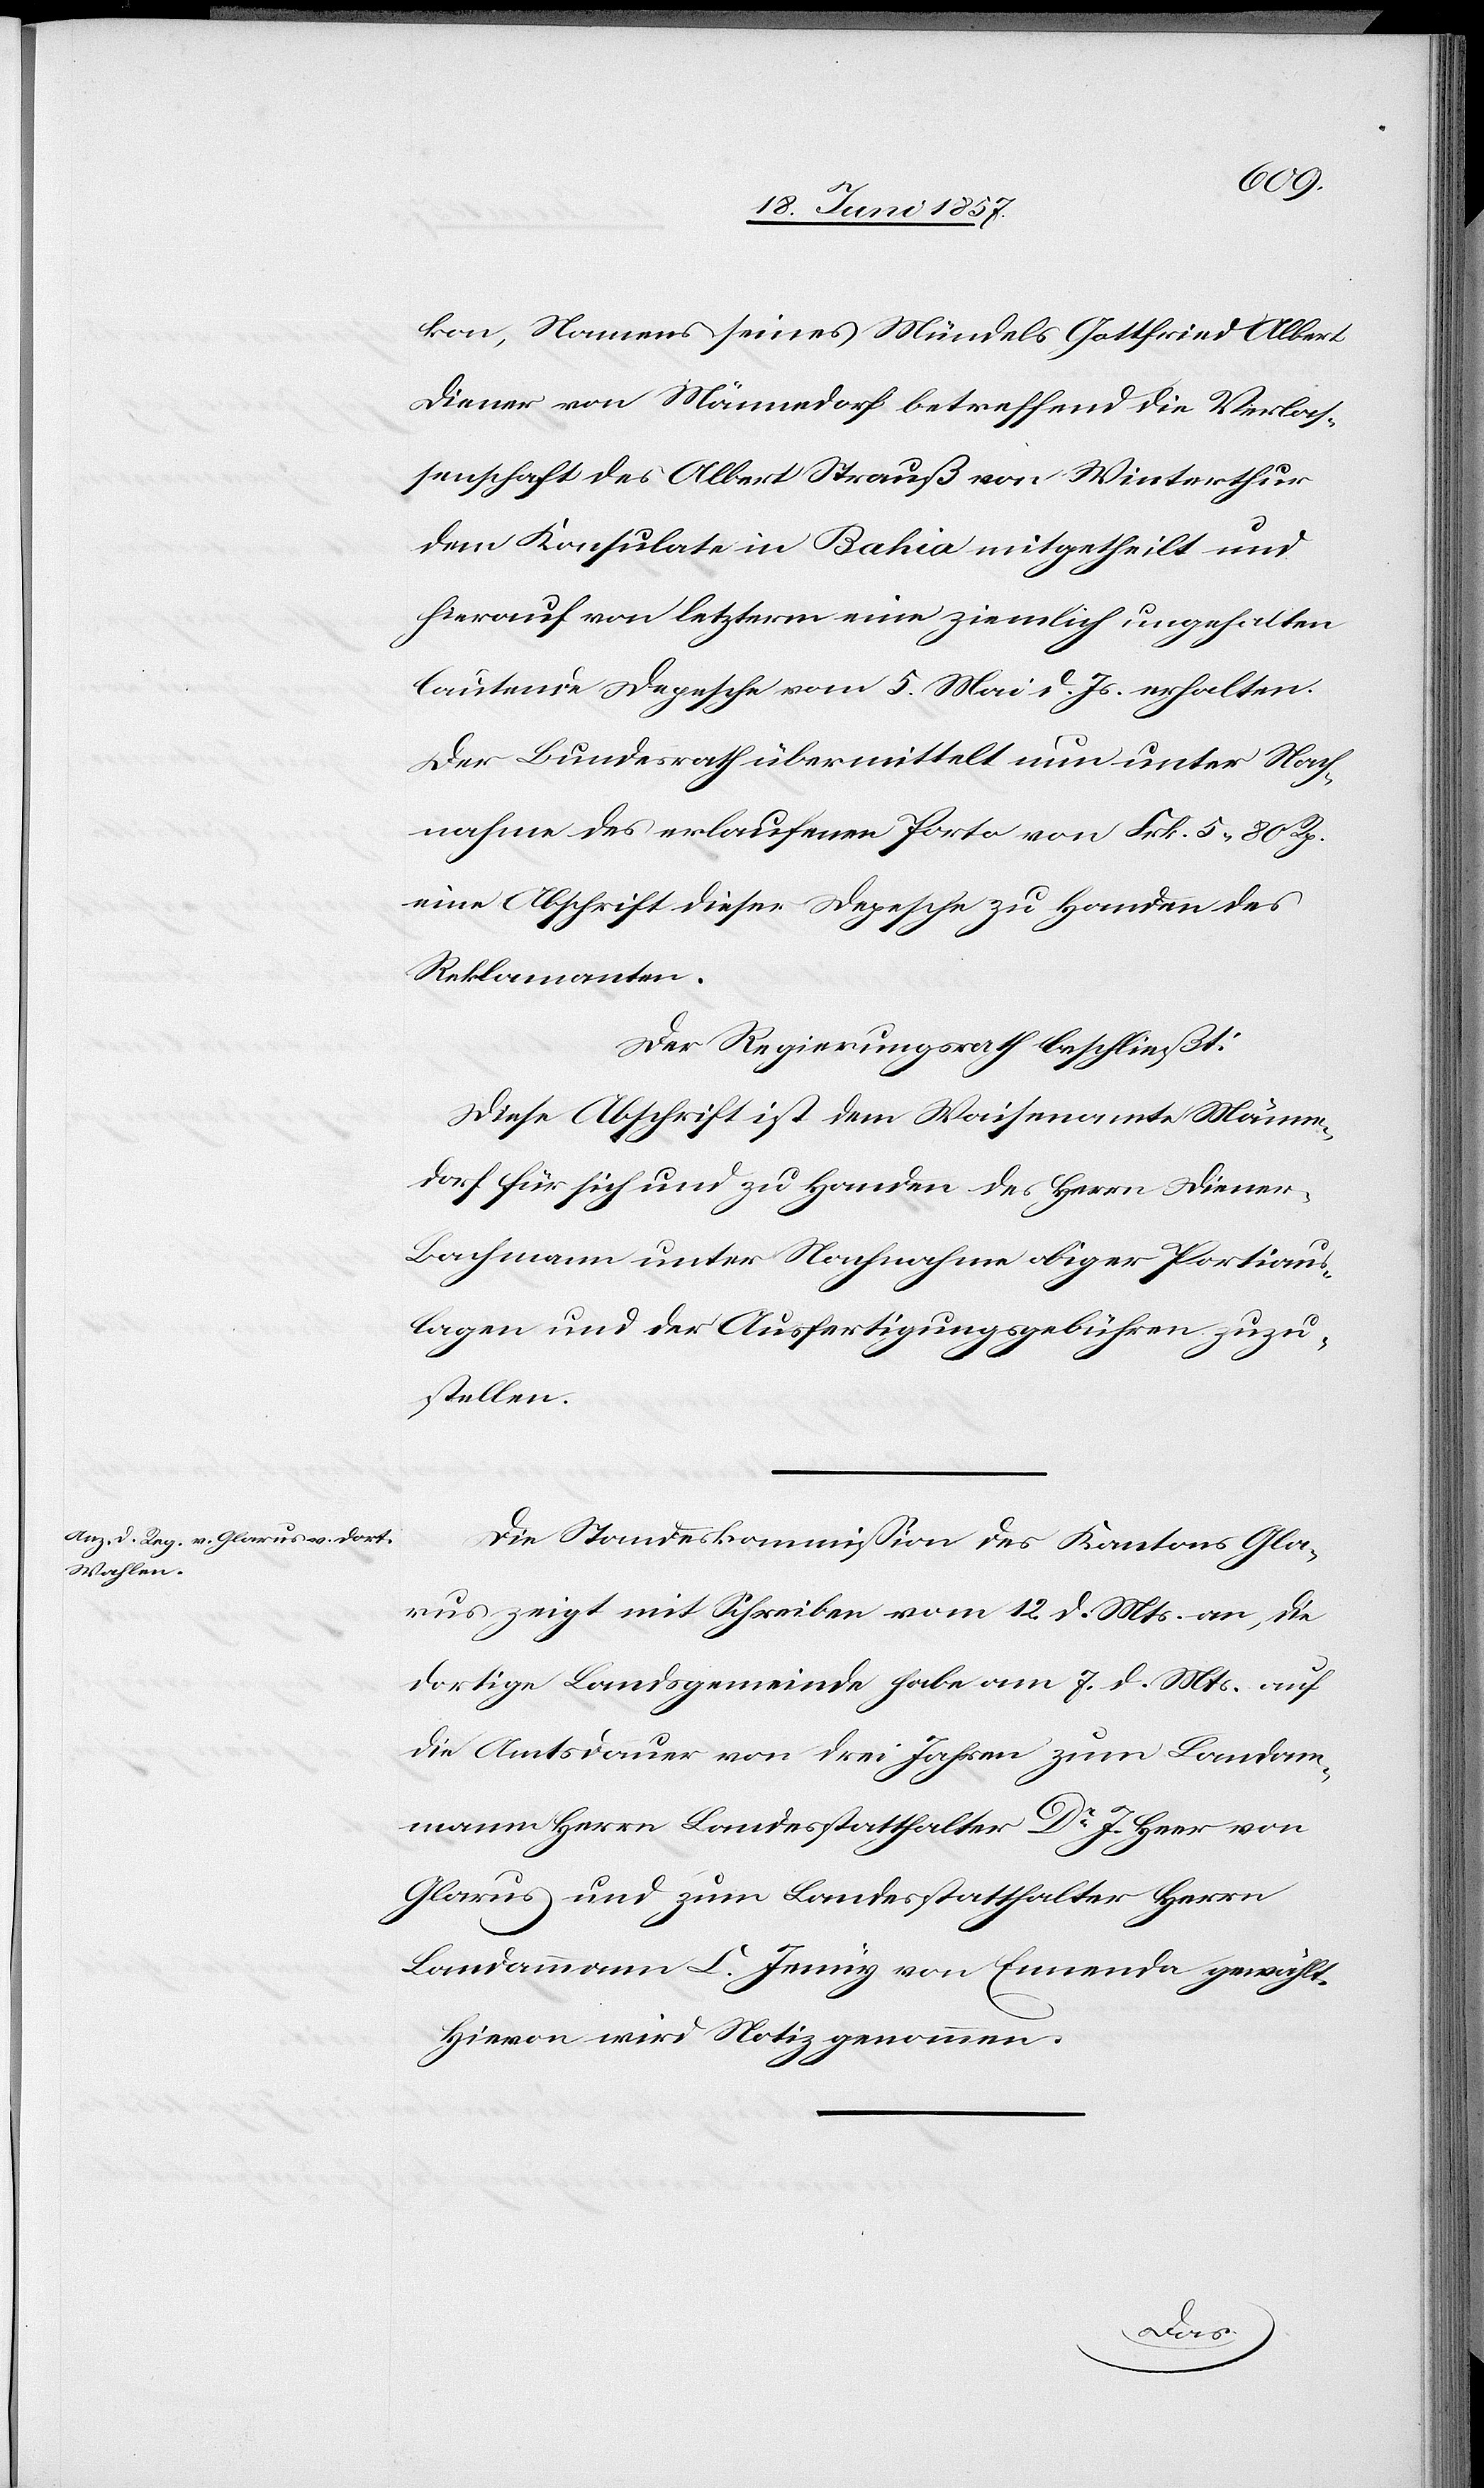
kon, Namens seines Mündels Gottfried Albert
Diener von Männedorf betreffend die Verlas¬
senschaft des Albert Strauß von Winterthur
dem Konsulate in Bahia mitgetheilt und
hierauf von letzterm eine ziemlich ungehalten
lautende Depesche vom 5 Mai d. Js. erhalten.
Der Bundesrath übermittelt nun unter Nach¬
nahme des erlaufenen Porto von Frk. 5. 80 Rp.
eine Abschrift dieser Depesche zu Handen des
Reklamanten.
Der Regierungsrath beschließt:
Diese Abschrift ist dem Waisenamte Männe¬
dorf für sich und zu Handen des Herrn Diene¬
r-Bachmann unter Nachnahme obiger Portiaus¬
lagen und der Ausfertigungsgebühren zuzu¬
stellen.
Die Standeskommisison des Kantons Gla¬
rus zeigt mit Schreiben vom 12 d. Mts. an, die
dortige Landsgemeinde habe am 7 d. Mts. auf
die Amtsdauer von drei Jahren zum Landam¬
mann Herrn Landesstatthalter Dr J. Heer von
Glarus und zum Landesstatthalter Herrn
Landammann C. Jenny von Ennenda gewählt.
Hievon wird Notiz genommen.